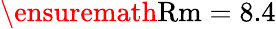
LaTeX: \ensuremath\mathrm{{Rm}}=8.4